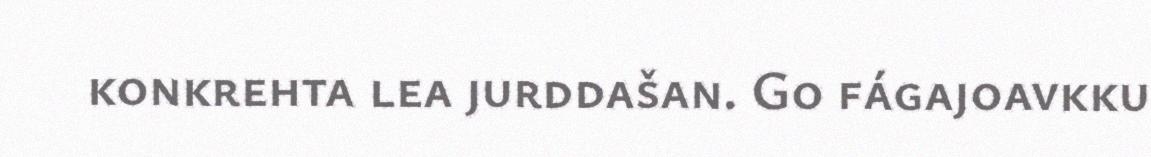
konkrehta lea jurddašan. Go fágajoavkku